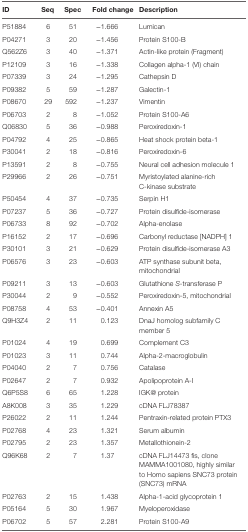
<table><thead><tr><td><b>ID</b></td><td><b>Seq</b></td><td><b>Spec</b></td><td><b>Fold change</b></td><td><b>Description</b></td></tr></thead><tbody><tr><td>P51884</td><td>6</td><td>51</td><td>−1.666</td><td>Lumican</td></tr><tr><td>P04271</td><td>3</td><td>20</td><td>−1.456</td><td>Protein S100-B</td></tr><tr><td>Q562Z6</td><td>3</td><td>40</td><td>−1.371</td><td>Actin-like protein (Fragment)</td></tr><tr><td>P12109</td><td>3</td><td>16</td><td>−1.338</td><td>Collagen alpha-1 (VI) chain</td></tr><tr><td>P07339</td><td>3</td><td>24</td><td>−1.295</td><td>Cathepsin D</td></tr><tr><td>P09382</td><td>5</td><td>59</td><td>−1.287</td><td>Galectin-1</td></tr><tr><td>P08670</td><td>29</td><td>592</td><td>−1.237</td><td>Vimentin</td></tr><tr><td>P06703</td><td>2</td><td>8</td><td>−1.052</td><td>Protein S100-A6</td></tr><tr><td>Q06830</td><td>5</td><td>36</td><td>−0.988</td><td>Peroxiredoxin-1</td></tr><tr><td>P04792</td><td>4</td><td>25</td><td>−0.865</td><td>Heat shock protein beta-1</td></tr><tr><td>P30041</td><td>2</td><td>18</td><td>−0.816</td><td>Peroxiredoxin-6</td></tr><tr><td>P13591</td><td>2</td><td>8</td><td>−0.755</td><td>Neural cell adhesion molecule 1</td></tr><tr><td>P29966</td><td>2</td><td>26</td><td>−0.751</td><td>Myristoylated alanine-rich C-kinase substrate</td></tr><tr><td>P50454</td><td>4</td><td>37</td><td>−0.735</td><td>Serpin H1</td></tr><tr><td>P07237</td><td>5</td><td>36</td><td>−0.727</td><td>Protein disulfide-isomerase</td></tr><tr><td>P06733</td><td>8</td><td>92</td><td>−0.702</td><td>Alpha-enolase</td></tr><tr><td>P16152</td><td>2</td><td>17</td><td>−0.696</td><td>Carbonyl reductase [NADPH] 1</td></tr><tr><td>P30101</td><td>3</td><td>21</td><td>−0.629</td><td>Protein disulfide-isomerase A3</td></tr><tr><td>P06576</td><td>3</td><td>23</td><td>−0.603</td><td>ATP synthase subunit beta, mitochondrial</td></tr><tr><td>P09211</td><td>3</td><td>13</td><td>−0.603</td><td>Glutathione <i>S</i>-transferase P</td></tr><tr><td>P30044</td><td>2</td><td>9</td><td>−0.552</td><td>Peroxiredoxin-5, mitochondrial</td></tr><tr><td>P08758</td><td>4</td><td>53</td><td>−0.401</td><td>Annexin A5</td></tr><tr><td>Q9H3Z4</td><td>2</td><td>11</td><td>0.123</td><td>DnaJ homolog subfamily C member 5</td></tr><tr><td>P01024</td><td>4</td><td>19</td><td>0.699</td><td>Complement C3</td></tr><tr><td>P01023</td><td>3</td><td>11</td><td>0.744</td><td>Alpha-2-macroglobulin</td></tr><tr><td>P04040</td><td>2</td><td>7</td><td>0.756</td><td>Catalase</td></tr><tr><td>P02647</td><td>2</td><td>7</td><td>0.932</td><td>Apolipoprotein A-I</td></tr><tr><td>Q6P5S8</td><td>6</td><td>65</td><td>1.228</td><td>IGK@ protein</td></tr><tr><td>A8K008</td><td>3</td><td>35</td><td>1.229</td><td>cDNA FLJ78387</td></tr><tr><td>P26022</td><td>2</td><td>11</td><td>1.244</td><td>Pentraxin-related protein PTX3</td></tr><tr><td>P02768</td><td>4</td><td>23</td><td>1.321</td><td>Serum albumin</td></tr><tr><td>P02795</td><td>2</td><td>23</td><td>1.357</td><td>Metallothionein-2</td></tr><tr><td>Q96K68</td><td>2</td><td>7</td><td>1.37</td><td>cDNA FLJ14473 fis, clone MAMMA1001080, highly similar to Homo sapiens SNC73 protein (SNC73) mRNA</td></tr><tr><td>P02763</td><td>2</td><td>15</td><td>1.438</td><td>Alpha-1-acid glycoprotein 1</td></tr><tr><td>P05164</td><td>5</td><td>30</td><td>1.967</td><td>Myeloperoxidase</td></tr><tr><td>P06702</td><td>5</td><td>57</td><td>2.281</td><td>Protein S100-A9</td></tr></tbody></table>